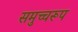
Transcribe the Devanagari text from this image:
समुच्चरूप